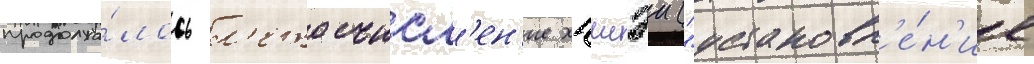
продолжа́лось л'етосчисл'ен'ие хэисэи ("установл'е́н'ие